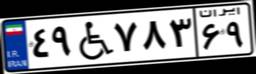
۴۹W۷۸۳۶۹